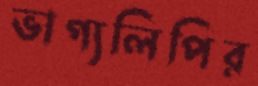
ভাগ্যলিপির